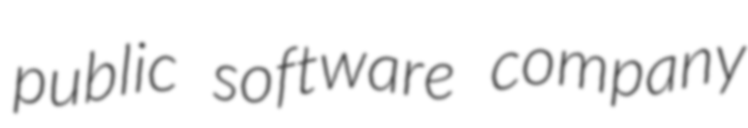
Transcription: public software company